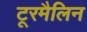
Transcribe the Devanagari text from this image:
टूरमैलिन